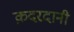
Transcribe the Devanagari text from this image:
क़दरदानी